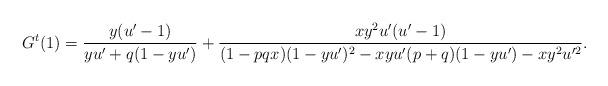
LaTeX: \begin{align*}G^t(1)&=\frac{y(u'-1)}{yu'+q(1-yu')}+\frac{xy^2u'(u'-1)}{(1-pqx)(1-yu')^2-xyu'(p+q)(1-yu')-xy^2u'^2}.\end{align*}